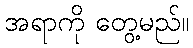
အရာကို တွေ့မည်။